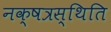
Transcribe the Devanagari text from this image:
नक्षत्रस्थिति